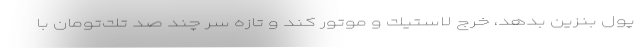
پول بنزين بدهد، خرج لاستيك و موتور كند و تازه سر چند صد تك‌تومان با